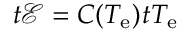
\d _ { t } \mathcal { E } = C ( T _ { \mathrm { e } } ) \d _ { t } T _ { \mathrm { e } }